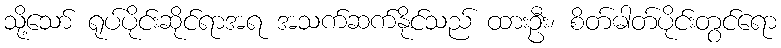
သို့သော် ရုပ်ပိုင်းဆိုင်ရာအရ အသက်ဆက်နိုင်သည် ထားဦး၊ စိတ်ဓါတ်ပိုင်းတွင်ရော